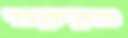
শুরুরও